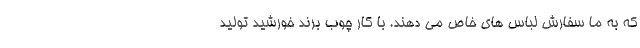
که به ما سفارش لباس های خاص می‌ دهند. با کار چوب برند خورشید تولید